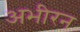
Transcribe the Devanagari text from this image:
अभीरन